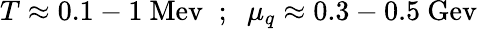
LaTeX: T\approx 0.1-1~\mathrm{Mev}\; \; ;\; \; \mu_{q}\approx 0.3-0.5~\mathrm{Gev}